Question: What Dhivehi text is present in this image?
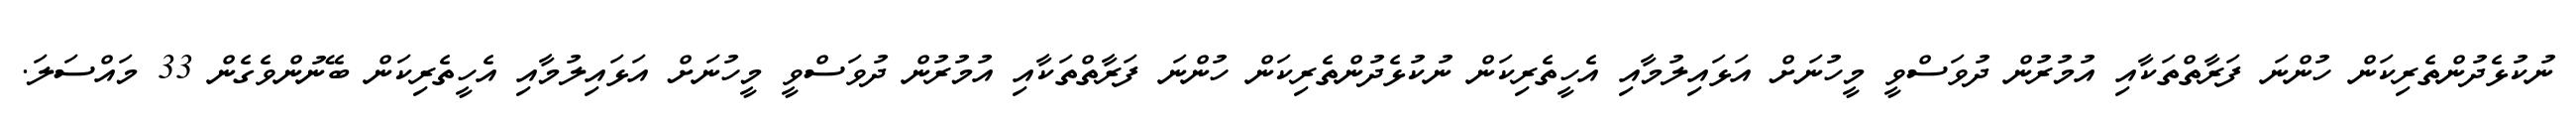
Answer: ނުކުޅެދުންތެރިކަން ހުންނަ ފަރާތްތަކާއި އުމުރުން ދުވަސްވީ މީހުނަށް އަޅައިލުމާއި އެހީތެރިކަން ނުކުޅެދުންތެރިކަން ހުންނަ ފަރާތްތަކާއި އުމުރުން ދުވަސްވީ މީހުނަށް އަޅައިލުމާއި އެހީތެރިކަން ބޭނުންވެގެން 33 މައްސަލަ.